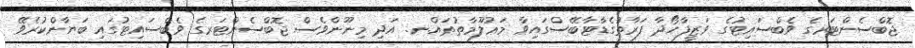
ޖޮބްސެންޓަރގެ ވެބްސައިޓުގެ ވަޒީފާހޯދާ ފަރާތުގެޑާޓާބޭސްގައިވާ މަޢުލޫމާތުތައް.ނ. އަދި މިނޫންވެސް ޖޮބްސެންޓަރގެ ވެބްސައިޓުގައި ބަޔާންކުރެވޭ